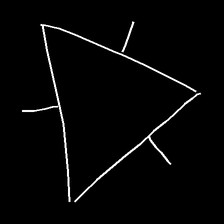
Glyph: fire